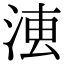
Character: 𣶣